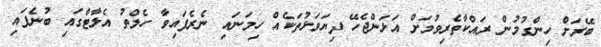
ބޭރަށް ހިންގުމުން ރައްކާތެރިވުމަށް އަޅަންޖެހޭ ފިޔަވަޅުތަކެއް ހިމަނައި ނެރެފައިވާ ހެލްތު އެލާޓްގައި ބުނެފައި